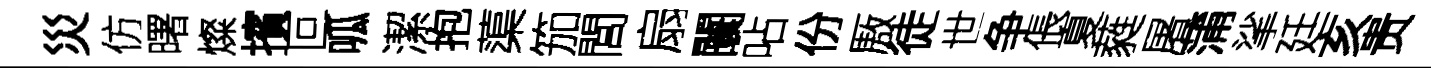
災仿曙燦擯叵呱潔抱蕖笳閭扇闤呫份厫徒世争倀夏蕤屠蒲挲廷亥贵